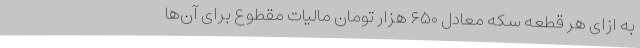
به ازای هر قطعه سکه معادل ۶۵۰ هزار تومان مالیات مقطوع برای آن‌ها